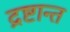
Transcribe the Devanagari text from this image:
द्रष्टान्त